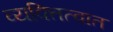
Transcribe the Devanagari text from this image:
व्यक्तित्वात